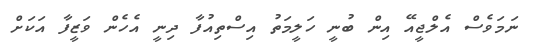
ނަމަވެސް އެލްޖީއޭ އިން ބުނީ ހަލީމަތު އިސްތިއުފާ ދިނީ އެހެން ވަޒީފާ އަކަށް